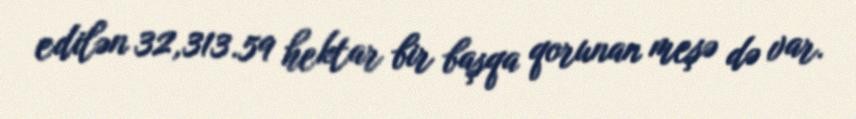
edilən 32,313.59 hektar bir başqa qorunan meşə də var.